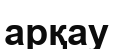
арқау